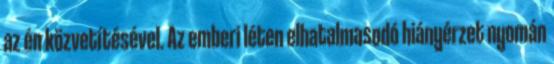
az én közvetítésével. Az emberi léten elhatalmasodó hiányérzet nyomán